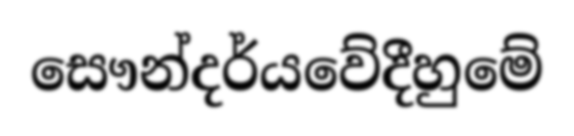
සෞන්දර්යවේදීහුමේ